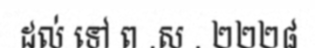
ដល់ ទៅ ព .ស . ២២២៨